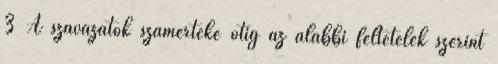
3 A szavazatok számértéke ötig az alábbi feltételek szerint